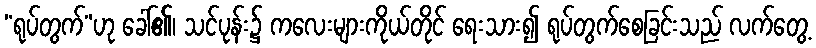
“ရုပ်တွက်”ဟု ခေါ်၏၊ သင်ပုန်း၌ ကလေးများကိုယ်တိုင် ရေးသား၍ ရုပ်တွက်စေခြင်းသည် လက်တွေ့